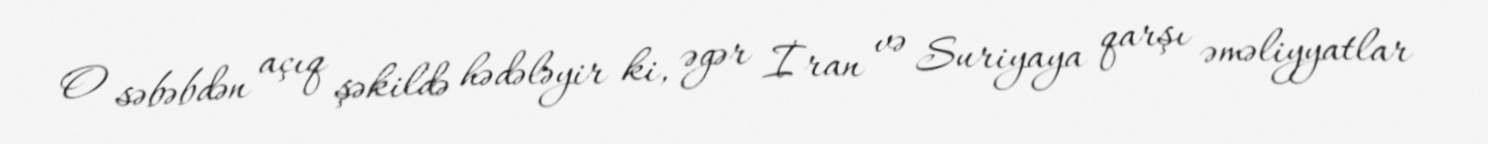
O səbəbdən açıq şəkildə hədələyir ki, əgər İran və Suriyaya qarşı əməliyyatlar